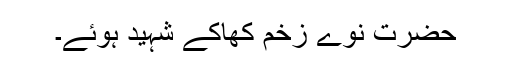
حضرت نوے زخم کھاکے شہید ہوئے۔